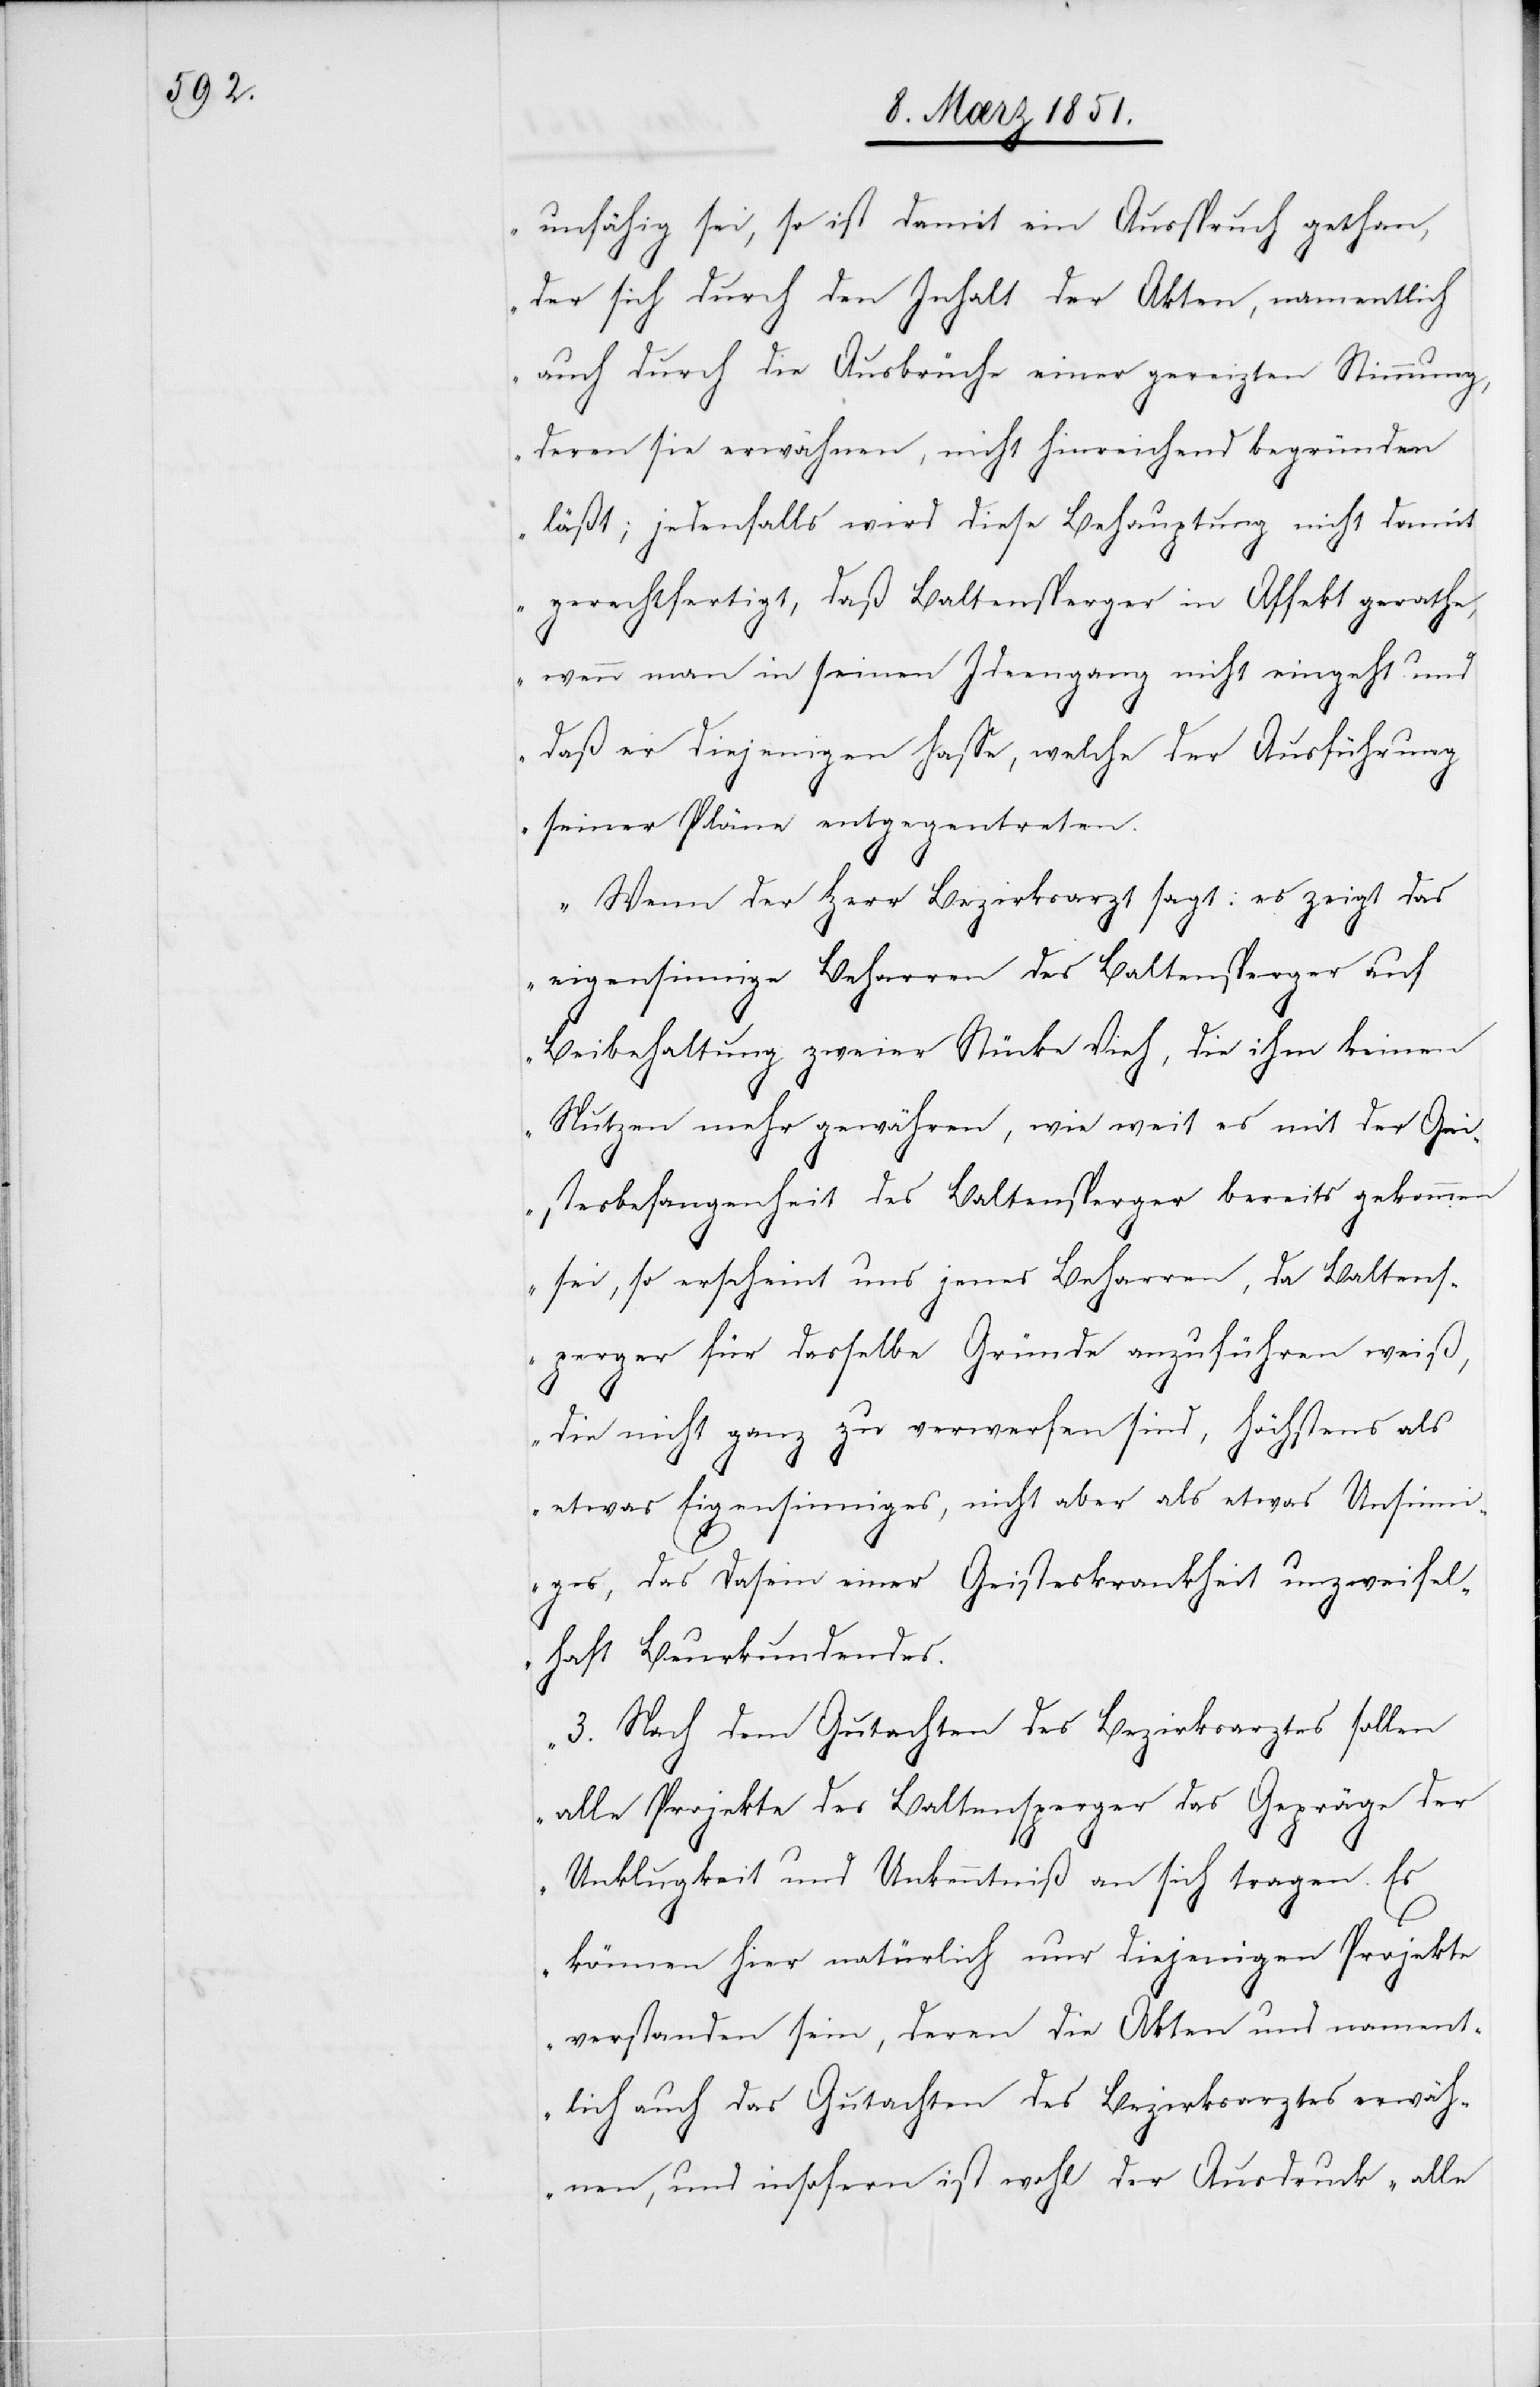
unfähig sei, so ist damit ein Ausspruch gethan,
der sich durch den Inhalt der Akten, namentlich
auch durch die Ausbrüche einer gereizten Stimmung,
deren sie erwähnen, nicht hinreichend begründen
läßt; jedenfalls wird diese Behauptung nicht damit
gerechtfertigt, daß Baltensperger in Affekt gerathe,
wenn man in seinen Ideengang nicht eingeht und
daß er diejenigen hasse, welche der Ausführung
seiner Pläne entgegentreten.
Wenn der Herr Bezirksarzt sagt: es zeigt das
eigensinnige Beharren des Baltensperger auf
Beibehaltung zweier Stücke Vieh, die ihm keinen
Nutzen mehr gewähren, wie weit es mit der Gei¬
stesbefangenheit des Baltensperger bereits gekommen
sei, so erscheint uns jenes Beharren, da Baltens¬
perger für dasselbe Gründe anzuführen weiß,
die nicht ganz zu verwerfen sind, höchstens als
etwas Eigensinniges, nicht aber als etwas Unsinn¬
iges, das Dasein einer Geisteskrankheit unzweifel¬
haft Beurkundendes.
3. Nach dem Gutachten des Bezirksarztes sollen
alle Projekte des Baltensperger das Gepräge der
Unklugheit] und Unkenntniß an sich tragen. Es
können hier natürlich nur diejenigen Projekte
verstanden sein, deren die Akten und nament¬
lich auch das Gutachten des Bezirksarztes erwäh¬
nen, und insofern ist wohl der Ausdruck ‚alle